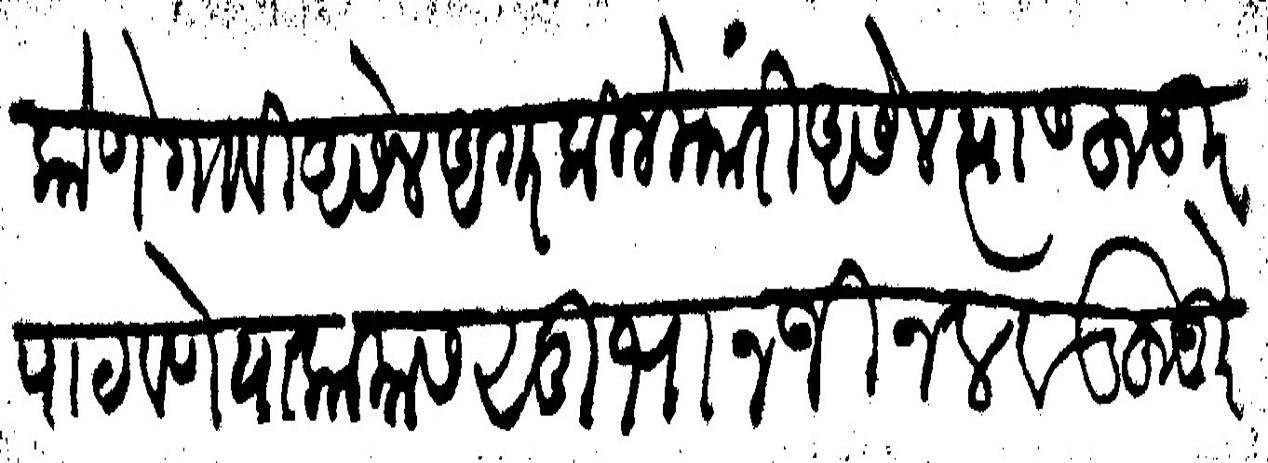
Transliteration (Devanagari): कोणे गावी असेल अगर किले मारी असेल त्यास हुजूर पाठवणे या कामास सुभानजी नलवड हुजुरे